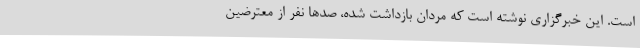
است. این خبرگزاری نوشته است که مردان بازداشت شده، صدها نفر از معترضین